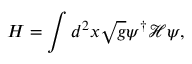
H = \int d ^ { 2 } x \sqrt { g } \psi ^ { \dagger } \mathcal { H } \psi ,